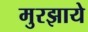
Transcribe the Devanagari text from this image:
मुरझाये